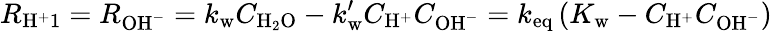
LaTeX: R_{\mathrm{H}^{+}1}=R_{\mathrm{OH}^{-}}=k_{\mathrm{w}}C_{\mathrm{H}_{2}\mathrm{O}}-k_{\mathrm{w}}^{\prime}C_{\mathrm{H}^{+}}C_{\mathrm{OH}^{-}}=k_{\mathrm{eq}}\left(K_{\mathrm{w}}-C_{\mathrm{H}^{+}}C_{\mathrm{OH}^{-}}\right)